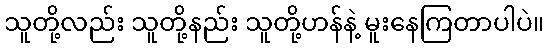
သူတို့လည်း သူတို့နည်း သူတို့ဟန်နဲ့ မူးနေကြတာပါပဲ။